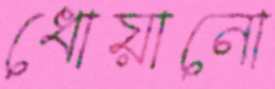
ধোয়ানো